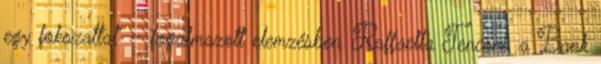
egy fokozattal” – fogalmazott elemzésben Raffaella Tenconi, a Bank